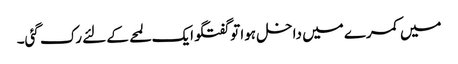
میں کمرے میں داخل ہوا تو گفتگو ایک لمحے کے لئے رک گئی۔